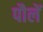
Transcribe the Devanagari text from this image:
पौलें